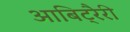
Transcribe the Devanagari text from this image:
आबिट्रैरी